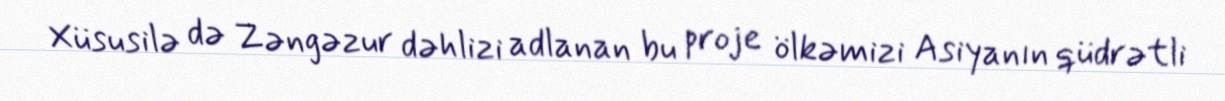
Xüsusilə də Zəngəzur dəhlizi adlanan bu proje ölkəmizi Asiyanın qüdrətli